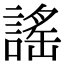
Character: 謠